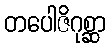
တပေါဇိဂုစ္ဆာ